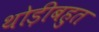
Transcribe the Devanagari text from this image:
थोड़ीबहुत